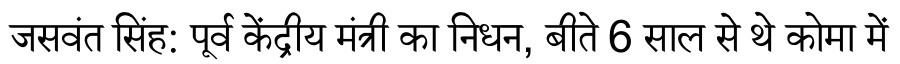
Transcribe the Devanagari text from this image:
जसवंत सिंह: पूर्व केंद्रीय मंत्री का निधन, बीते 6 साल से थे कोमा में